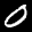
Label: 0